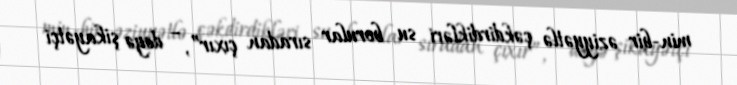
min-bir əziyyətlə çəkdirdikləri su borular sıradan çıxır”, – deyə şikayətçi